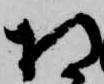
相